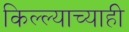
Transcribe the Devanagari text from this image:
किल्ल्याच्याही